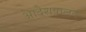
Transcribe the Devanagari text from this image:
आदेशपालन